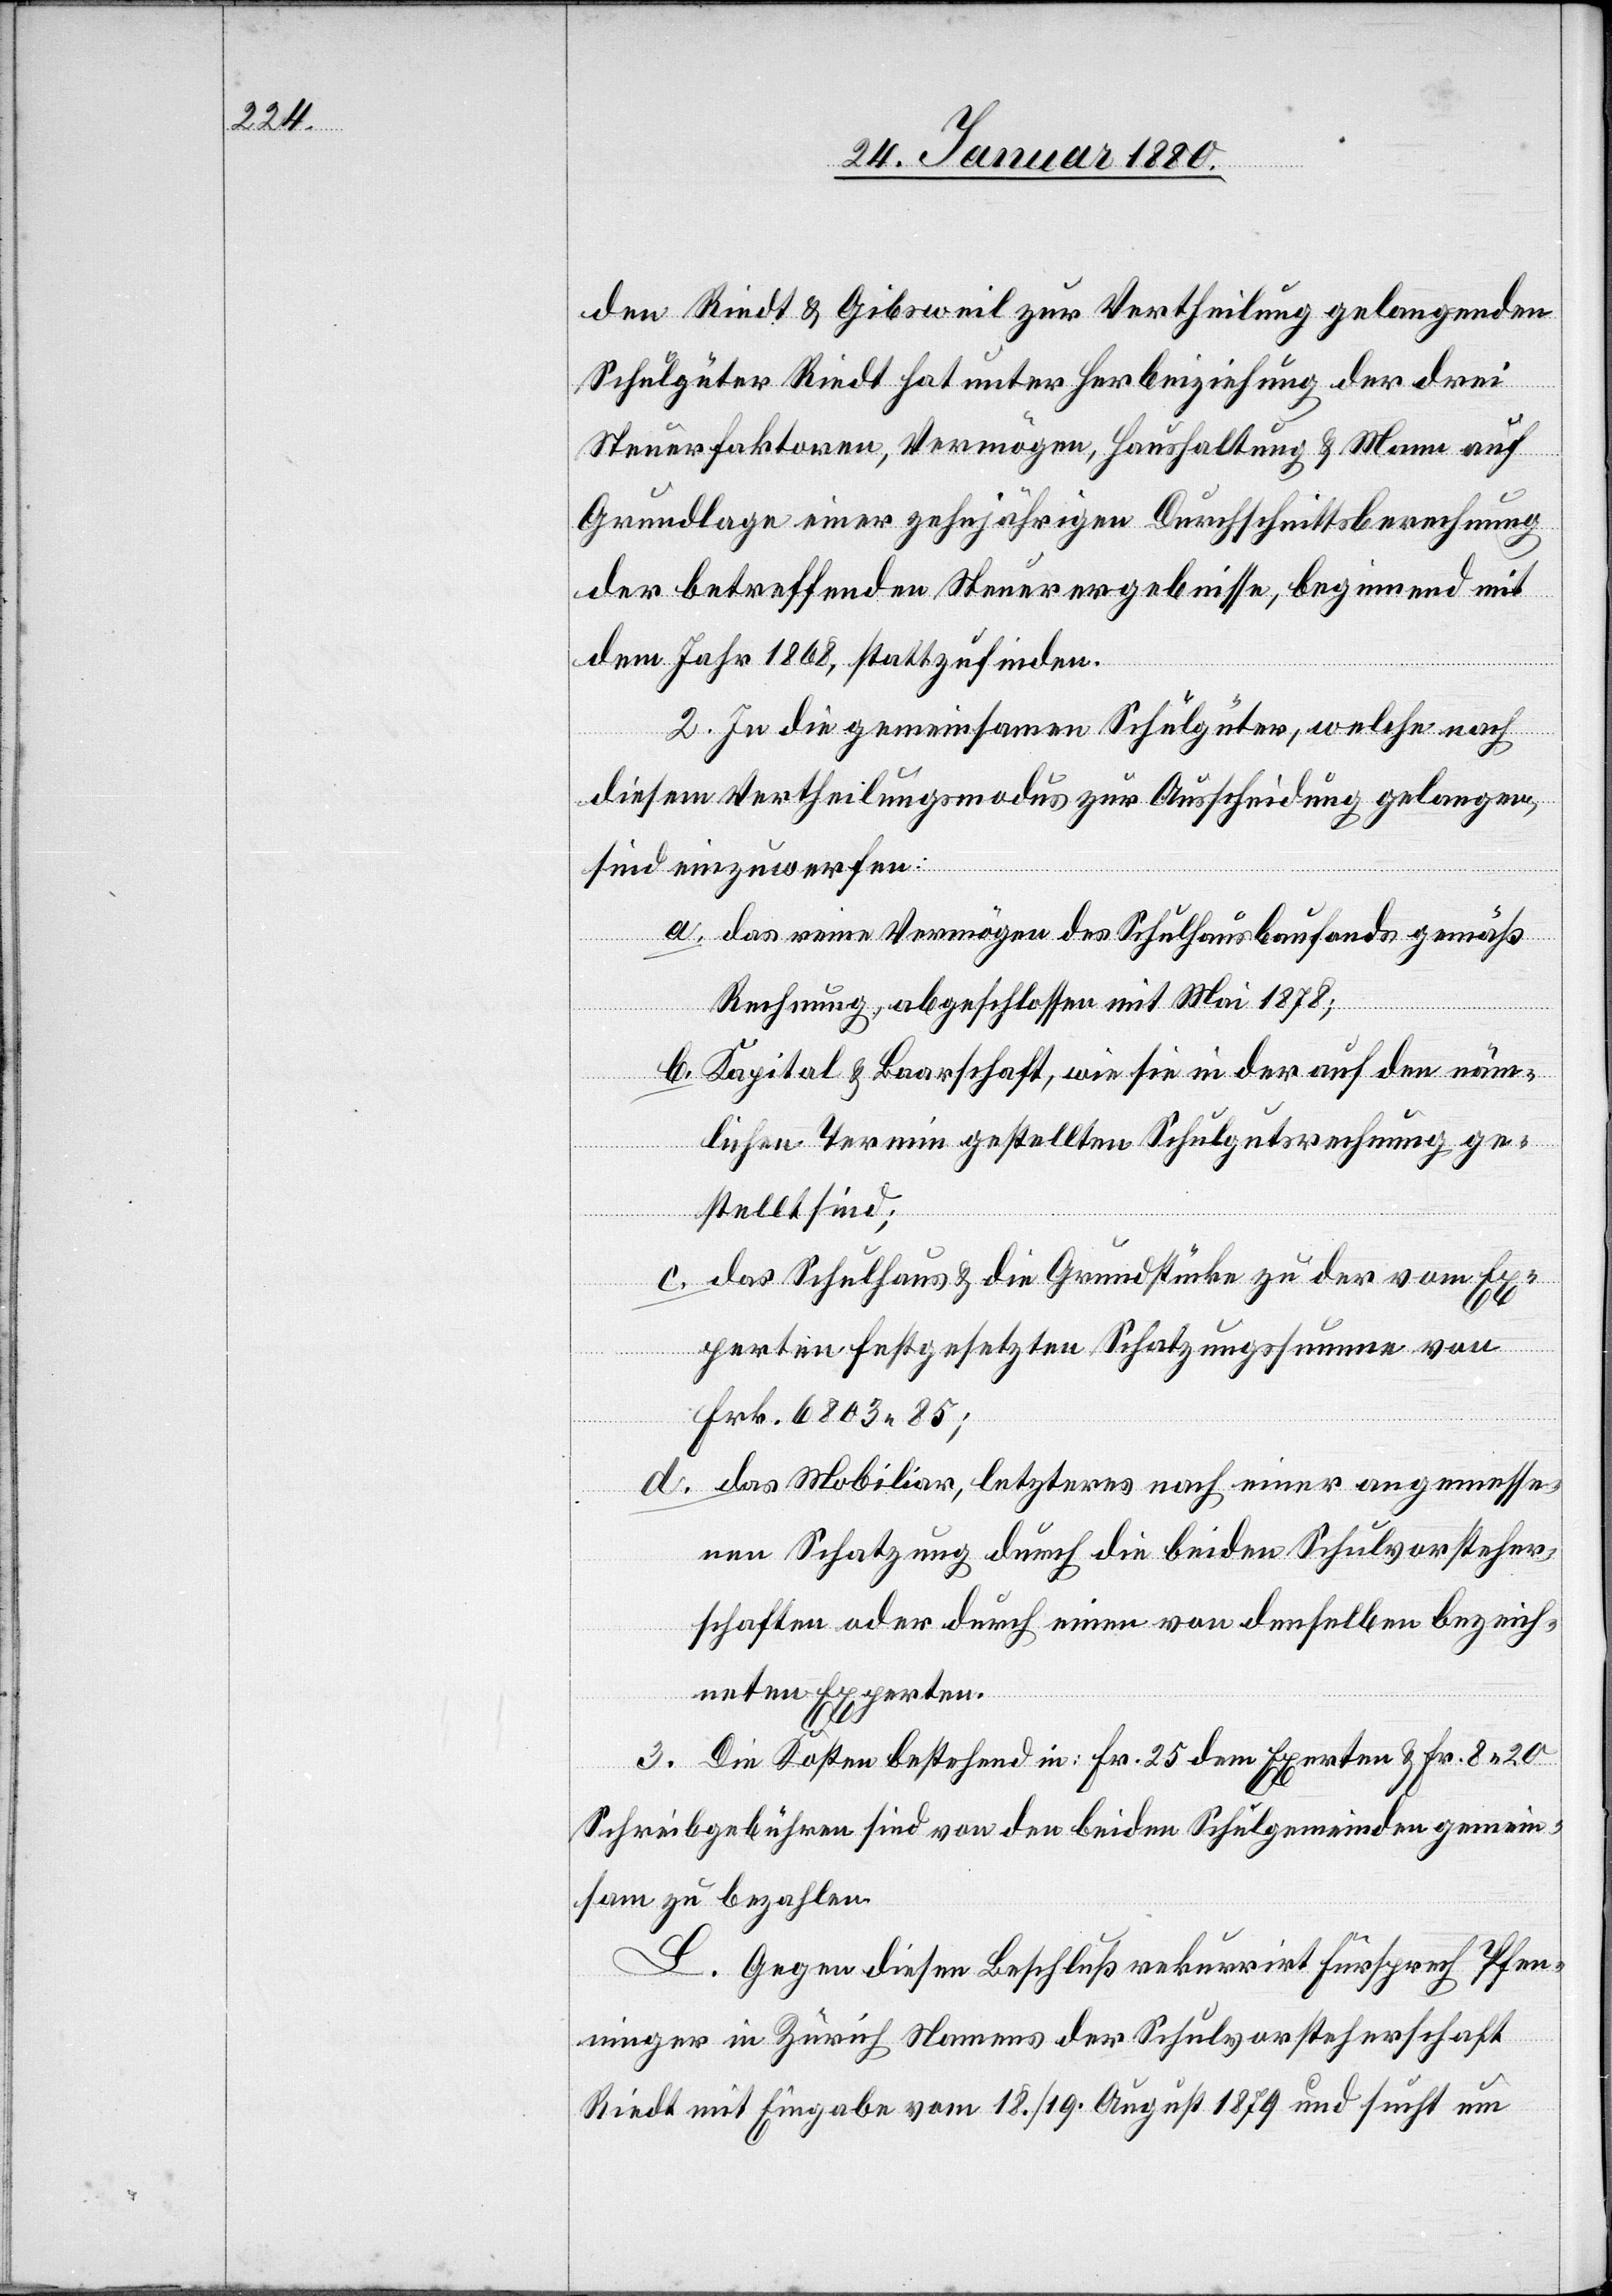
den Riedt & Gibsweil zur Vertheilung gelangenden
Schulgüter Riedt [sic!] hat unter Herbeiziehung der drei
Steuerfaktoren, Vermögen, Haushaltung & Mann auf
Grundlage einer zehnjährigen Durchschnittsberechnung
der betreffenden Steuerergebnisse, beginnend mit
dem Jahr 1868, stattzufinden.
2. In die gemeinsamen Schulgüter, welche nach
diesem Vertheilungsmodus zur Ausscheidung gelangen,
sind einzuwerfen:
a. das reine Vermögen des Schulhausbaufonds gemäß
Rechnung, abgeschlossen mit Mai 1878;
b. Kapital & Baarschaft, wie sie in der auf den näm¬
lichen Termin gestellten Schulgutsrechnung ge¬
stellt sind;
c. das Schulhaus & die Grundstücke zu der vom Ex¬
perten festgesetzten Schatzungssumme von
Frk. 6803.85;
d. das Mobiliar, letzteres nach einer angemesse¬
nen Schatzung durch die beiden Schulvorsteher¬
schaften oder durch einen von denselben bezeich¬
neten Experten.
3. Die Kosten bestehend in: Fr. 25 dem Experten & Fr. 8.20
Schreibgebühren sind von den beiden Schulgemeinden gemein¬
sam zu bezahlen.
L. Gegen diesen Beschluß rekurrirt Fürsprech Pfen¬
ninger in Zürich Namens der Schulvorsteherschaft
Riedt mit Eingabe vom 18./19. August 1879 und sucht um